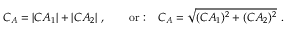
{ \cal C } _ { \cal A } = | C A _ { 1 } | + | C A _ { 2 } | \ , \qquad \mathrm { o r : } \quad { \cal C } _ { \cal A } = \sqrt { ( C A _ { 1 } ) ^ { 2 } + ( C A _ { 2 } ) ^ { 2 } } \ .